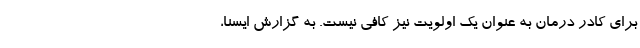
برای کادر درمان به عنوان یک اولویت نیز کافی نیست. به گزارش ایسنا،